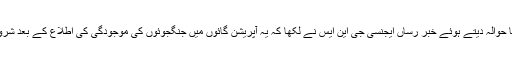
پولیس ذرائع کا حوالہ دیتے ہوئے خبر رساں ایجنسی جی این ایس نے لکھا کہ یہ آپریشن گائوں میں جنگجوئوں کی موجودگی کی اطلاع کے بعد شروع کیا گیا تھا۔